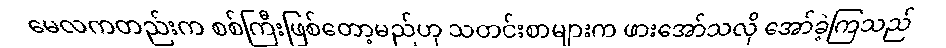
မေလကတည်းက စစ်ကြီးဖြစ်တော့မည်ဟု သတင်းစာများက ဖားအော်သလို အော်ခဲ့ကြသည်